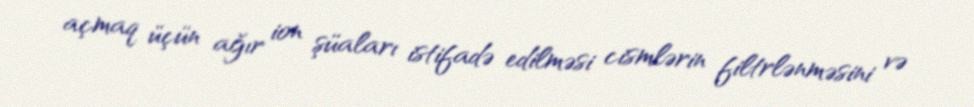
açmaq üçün ağır ion şüaları istifadə edilməsi cismlərin filtrlənməsini və